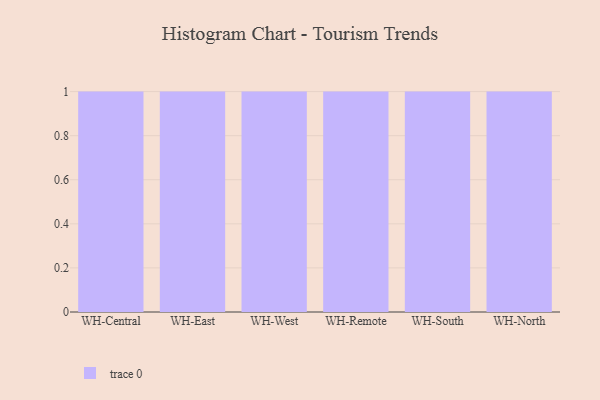
{"axis": {"x": "Warehouse", "y": "Shipments"}, "legend": [""], "data": [{"x": "WH-Central", "y": 41, "type": ""}, {"x": "WH-East", "y": 29, "type": ""}, {"x": "WH-West", "y": 90, "type": ""}, {"x": "WH-Remote", "y": 28, "type": ""}, {"x": "WH-South", "y": 20, "type": ""}, {"x": "WH-North", "y": 85, "type": ""}]}